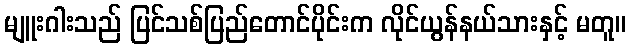
မျူးဂါးသည် ပြင်သစ်ပြည်တောင်ပိုင်းက လိုင်ယွန်နယ်သားနှင့် မတူ။